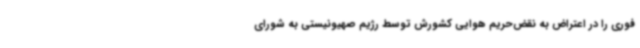
فوری را در اعتراض به نقض‌حریم هوایی کشورش توسط رژیم صهیونیستی به شورای